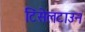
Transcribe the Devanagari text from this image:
टिंसेलटाउन